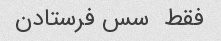
فقط  سس فرستادن